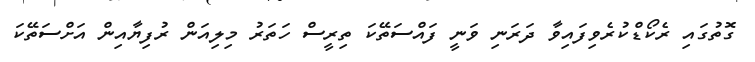
ގޮތުގައި ރެކޯޑްކުރެވިފައިވާ ދަރަނި ވަނީ ފައްސަތޭކަ ތިރީސް ހަތަރު މިލިއަން ރުފިޔާއިން އަށްސަތޭކަ